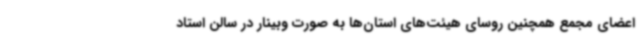
اعضای مجمع همچنین روسای هیئت‌های استان‌ها به صورت وبینار در سالن استاد